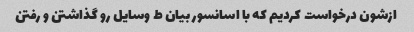
ازشون درخواست کردیم که با اسانسور بیان ط وسایل رو گذاشتن و رفتن